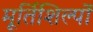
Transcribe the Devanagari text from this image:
मूर्तिशिल्पों